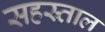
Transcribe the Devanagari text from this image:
सहस्र्ताल